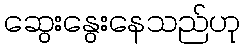
ဆွေးနွေးနေသည်ဟု